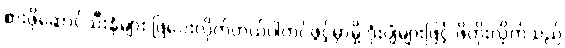
စားဖိုဆောင်သီးနှံများ ဖြဲပေးလိုက်တယ်ပါကင်ဖွင့်မှာမို့ ဒုံးပျံများဖြင့် ဖိတိုးလိုက်သည်